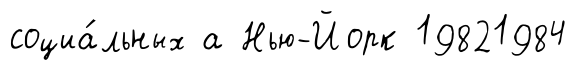
социа́льных а Нью-Йорк 19821984